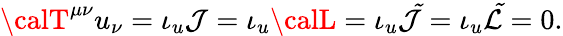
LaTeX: {\calT}^{\mu\nu}u_{\nu}=\iota_{u}{\cal\mathcal{J}}=\iota_{u}{\calL}=\iota_{u}{\cal\tilde{{\mathcal{J}}}}=\iota_{u}{\cal\tilde{{L}}}=0.